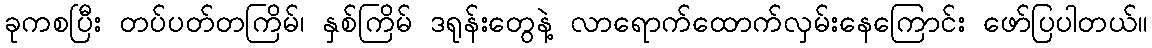
ခုကစပြီး တပ်ပတ်တကြိမ်၊ နှစ်ကြိမ် ဒရုန်းတွေနဲ့ လာရောက်ထောက်လှမ်းနေကြောင်း ဖော်ပြပါတယ်။